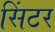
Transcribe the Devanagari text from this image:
सिंटर